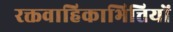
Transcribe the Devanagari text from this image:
रक्तवाहिकाभित्तियों